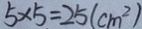
5 \times 5 = 2 5 ( c m ^ { 2 } )